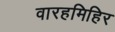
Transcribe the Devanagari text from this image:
वारहमिहिर